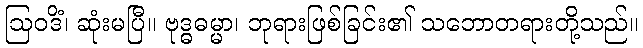
ဩဝဒိံ၊ ဆုံးမပြီ။ ဗုဒ္ဓဓမ္မာ၊ ဘုရားဖြစ်ခြင်း၏ သဘောတရားတို့သည်။